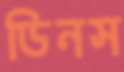
ডিনস